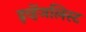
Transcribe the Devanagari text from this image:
इव्हेंजलिस्ट